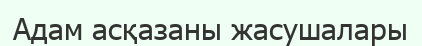
Адам асқазаны жасушалары